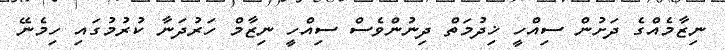
ނިޒާމެއްގެ ދަށުން ސިއްހީ ޚިދުމަތް ދިނުންވެސް ސިއްހީ ނިޒާމް ހަރުދަނާ ކުރުމުގައި ހިމެނޭ